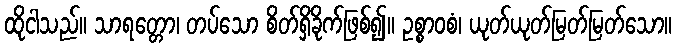
ထိုငါသည်။ သာရတ္တော၊ တပ်သော စိတ်ရှိခိုက်ဖြစ်၍။ ဥစ္စာဝစံ၊ ယုတ်ယုတ်မြတ်မြတ်သော။